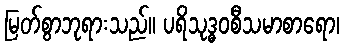
မြတ်စွာဘုရားသည်။ ပရိသုဒ္ဓဝစီသမာစာရော၊